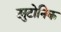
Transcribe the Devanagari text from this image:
ट्युटोनिक